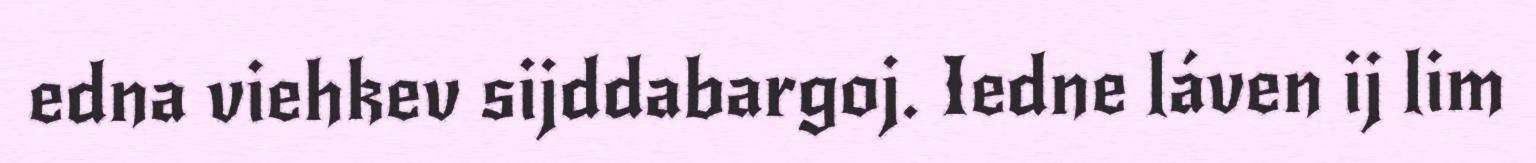
edna viehkev sijddabargoj. Iedne láven ij lim